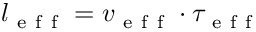
l _ { \mathrm { ~ e ~ f ~ f ~ } } = v _ { \mathrm { ~ e ~ f ~ f ~ } } \cdot \tau _ { \mathrm { ~ e ~ f ~ f ~ } }